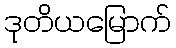
ဒုတိယမြောက်